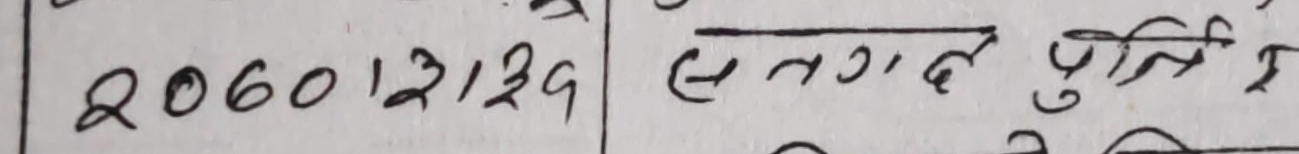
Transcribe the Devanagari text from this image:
२०६०।२।२९ | संगट पुति २